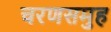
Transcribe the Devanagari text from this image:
चरणसमुह